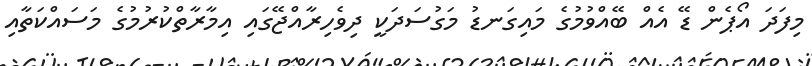
މިފަދަ އޯޕެން ޑޭ އެއް ބޭއްވުމުގެ މައިގަނޑު މަގުސަދަކީ ދިވެހިރާއްޖޭގައި އިމާރާތްކުރުމުގެ މަސައްކަތާއި